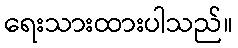
ရေးသားထားပါသည်။